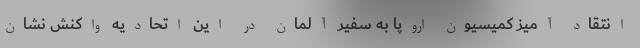
انتقاد آمیز کمیسیون اروپا به سفیر آلمان در این اتحادیه واکنش نشان